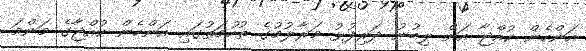
އަންހެން ކުއްޖާ އަށް ލިބުނު ދަރިފުޅު މަރާލުމުގެ ތުހުމަތުގައި އަންހެން ކުއްޖާގެ މަންމަ